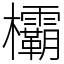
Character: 欛